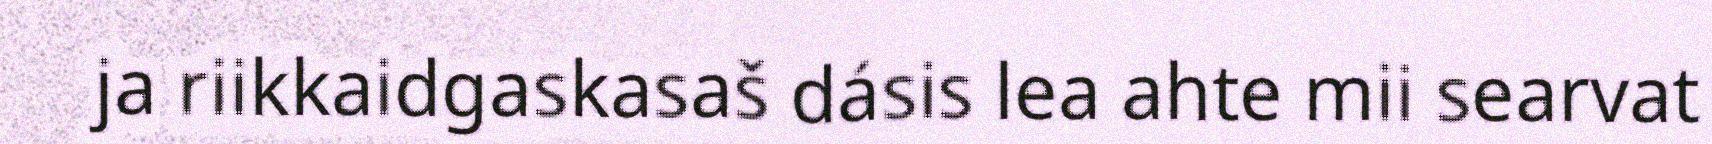
ja riikkaidgaskasaš dásis lea ahte mii searvat